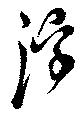
浮